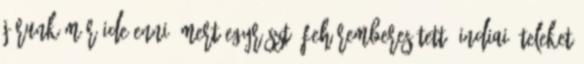
járunk már ide enni, mert egyrészt "fehéremberesített" indiai ételeket